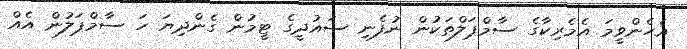
އެހެންވީމަ އެމެރިކާގެ ސާމްޕަލްތަކުން ނުފެނި ސައުދީގެ ޓީމުން ގެންދިޔަ ހަ ސާމްޕަލުން އެއް